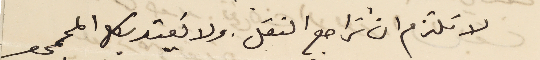
لا تلتزم ان تراجع النقل. ولا يَعتد بكل الممحو